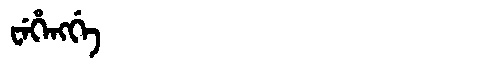
Manchu: ᠸᡝᡥᡝᠩᡤᡝ
Romanization: WEHENGGE